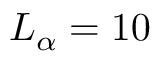
L _ { \alpha } = 1 0